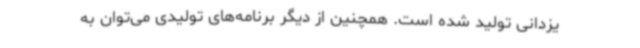
یزدانی تولید شده است. همچنین از دیگر برنامه‌های تولیدی می‌توان به